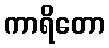
ကာရိတော